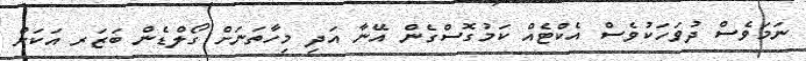
ނަމަވެސް ދުވަހަކުވެސް އެކްޓެއް ކަމުގޮސްގެން އޭނާ އަދި މިހާތަނަށް ގޯލްޑެން ބަޒަރ އަކަށް